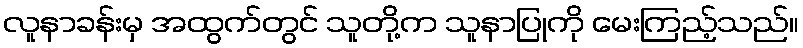
လူနာခန်းမှ အထွက်တွင် သူတို့က သူနာပြုကို မေးကြည့်သည်။